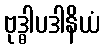
ဗုဒ္ဓါပဒါနိယံ